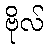
ဗိုလ်